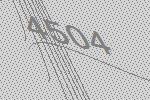
4504